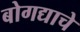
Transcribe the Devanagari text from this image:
बोगद्याचे